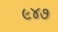
૯૪૭